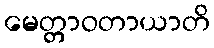
မေတ္တာဝတာယာတိ